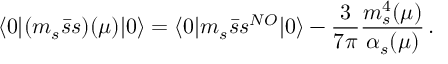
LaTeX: \langle 0 | ( m _ { s } \bar { s } s ) ( \mu ) | 0 \rangle = \langle 0 | m _ { s } \bar { s } s ^ { N O } | 0 \rangle - \frac { 3 } { 7 \pi } \frac { m _ { s } ^ { 4 } ( \mu ) } { \alpha _ { s } ( \mu ) } \, .